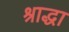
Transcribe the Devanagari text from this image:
श्राद्धा